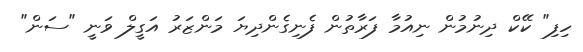
ހިފި" ކޭކް ދިނުމުން ނިއުމާ ފަރާތުން ފެނިގެންދިޔަ މަންޒަރު އަގީލް ވަނީ "ސަން"